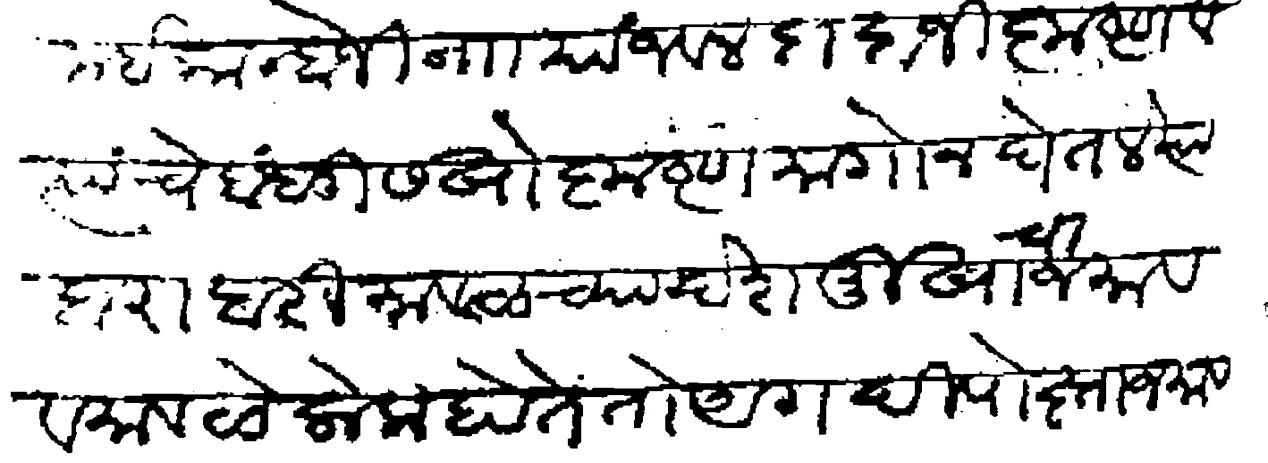
Transliteration (Devanagari): समई कान्होजी नाा यांजवल दादाजी कृष्ण व त्यांचे बंधु सखो कृष्ण मागोन घेतले त्या बराबरी मावळच्या देशमुखाचा जमाव व मावळे लोक होते तो अगदी पोख्ता जमाव